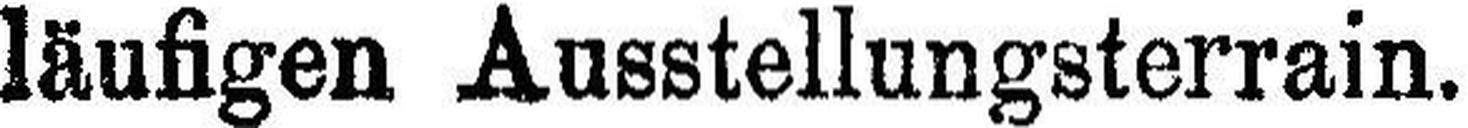
läufigen Ausstellungsterrain.